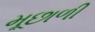
મૂછાળી